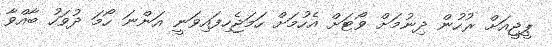
ޕީޖީއަށް ރުހުން ދިނުމަށް ވޯޓަށް އެހުމަށް ހަމަޖެހިފައިވަނީ އަންނަ ހޯމަ ދުވަހު ބާއްވާ